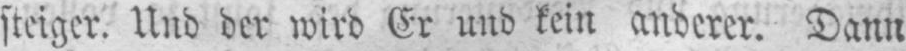
steiger. Und der wird Er und kein anderer. Dann